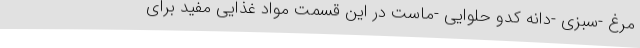
مرغ -سبزی -دانه کدو حلوایی -ماست در این قسمت مواد غذایی مفید برای